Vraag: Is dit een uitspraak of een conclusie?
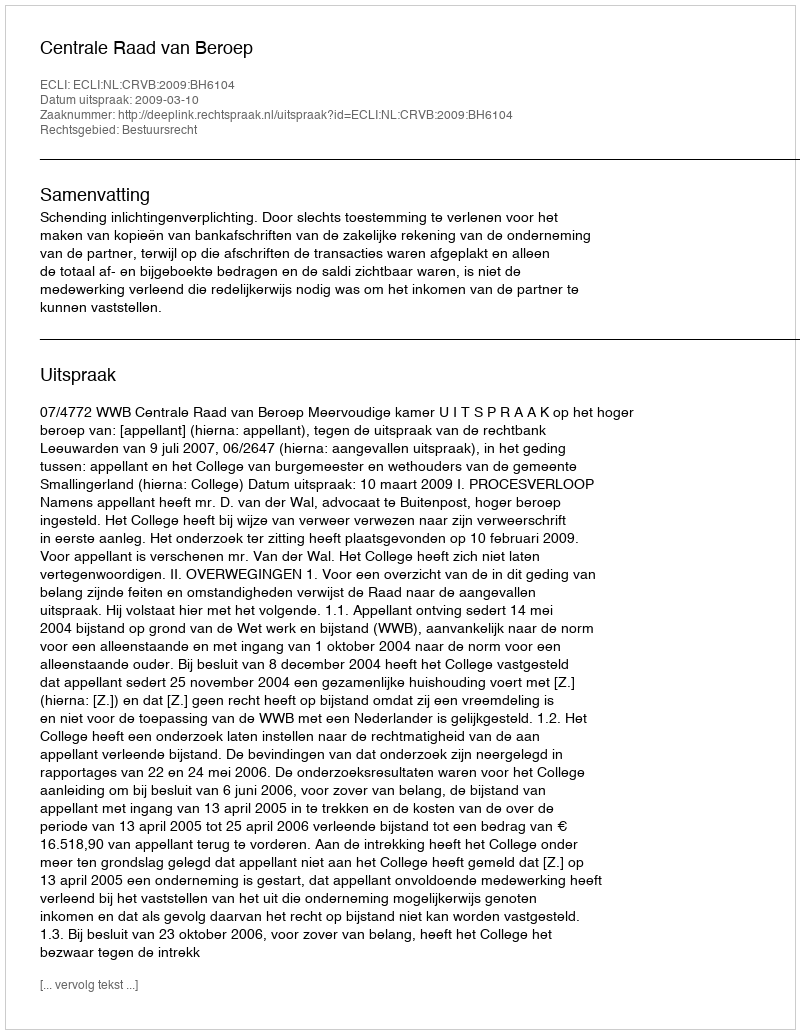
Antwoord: Uitspraak